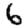
Digit: 6